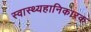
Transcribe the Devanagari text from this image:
स्वास्थ्यहानिकारक